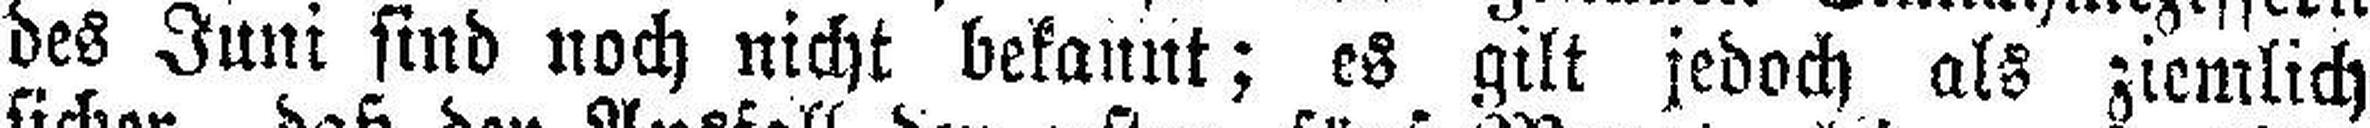
des Juni sind noch nicht bekannt; es gilt jedoch als ziemlich